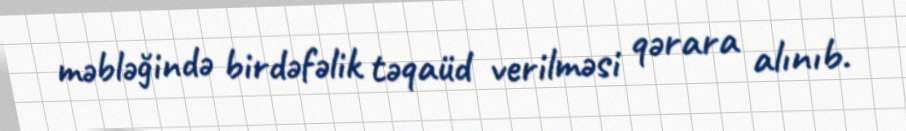
məbləğində birdəfəlik təqaüd verilməsi qərara alınıb.